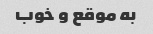
به موقع و خوب